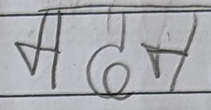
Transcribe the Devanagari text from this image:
मदन